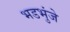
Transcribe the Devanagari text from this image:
भडभुंजे